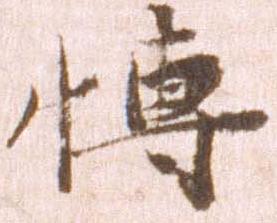
博